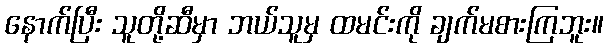
နောက်ပြီး သူတို့ဆီမှာ ဘယ်သူမှ ထမင်းကို ချက်မစားကြဘူး။